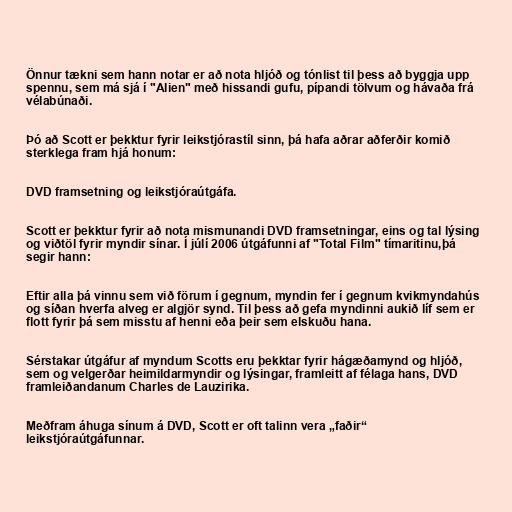
Önnur tækni sem hann notar er að nota hljóð og tónlist til þess að byggja upp
spennu, sem má sjá í "Alien" með hissandi gufu, pípandi tölvum og hávaða frá
vélabúnaði.

Þó að Scott er þekktur fyrir leikstjórastíl sinn, þá hafa aðrar aðferðir komið
sterklega fram hjá honum:

DVD framsetning og leikstjóraútgáfa.

Scott er þekktur fyrir að nota mismunandi DVD framsetningar, eins og tal lýsing
og viðtöl fyrir myndir sínar. Í júlí 2006 útgáfunni af "Total Film" tímaritinu,þá
segir hann:

Eftir alla þá vinnu sem við förum í gegnum, myndin fer í gegnum kvikmyndahús
og síðan hverfa alveg er algjör synd. Til þess að gefa myndinni aukið líf sem er
flott fyrir þá sem misstu af henni eða þeir sem elskuðu hana.

Sérstakar útgáfur af myndum Scotts eru þekktar fyrir hágæðamynd og hljóð,
sem og velgerðar heimildarmyndir og lýsingar, framleitt af félaga hans, DVD
framleiðandanum Charles de Lauzirika.

Meðfram áhuga sínum á DVD, Scott er oft talinn vera „faðir“
leikstjóraútgáfunnar.